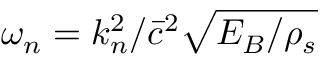
\omega _ { n } = k _ { n } ^ { 2 } / \bar { c } ^ { 2 } \sqrt { E _ { B } / \rho _ { s } }